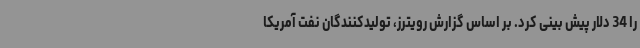
را 34 دلار پیش بینی کرد. بر اساس گزارش رویترز، تولیدکنندگان نفت آمریکا